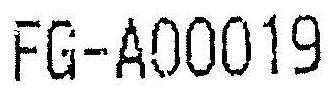
FG-A00019